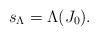
LaTeX: \begin{align*}s_\Lambda=\Lambda(J_0).\end{align*}